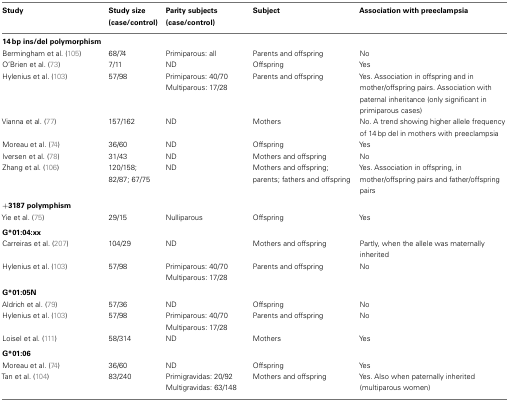
| Study | Study size (case/control) | Parity subjects (case/control) | Subject | Association with preeclampsia |
 | --- | --- | --- | --- | --- |
 | 14 bp ins/del polymorphism |
 | Bermingham et al. (105) | 68/74 | Primiparous: all | Parents and offspring | No |
 | O’Brien et al. (73) | 7/11 | ND | Offspring | Yes |
 | Hylenius et al. (103) | 57/98 | Primiparous: 40/70 Multiparous: 17/28 | Parents and offspring | Yes. Association in offspring and in mother/offspring pairs. Association with paternal inheritance (only significant in primiparous cases) |
 | Vianna et al. (77) | 157/162 | ND | Mothers | No. A trend showing higher allele frequency of 14 bp del in mothers with preeclampsia |
 | Moreau et al. (74) | 36/60 | ND | Offspring | Yes |
 | Iversen et al. (78) | 31/43 | ND | Mothers and offspring | No |
 | Zhang et al. (106) | 120/158; 82/87; 67/75 | ND | Mothers and offspring; parents; fathers and offspring | Yes. Association in offspring, in mother/offspring pairs and father/offspring pairs |
 | +3187 polymphism |
 | Yie et al. (75) | 29/15 | Nulliparous | Offspring | Yes |
 | G*01:04:xx |
 | Carreiras et al. (207) | 104/29 | ND | Mothers and offspring | Partly, when the allele was maternally inherited |
 | Hylenius et al. (103) | 57/98 | Primiparous: 40/70 | Parents and offspring | No |
 |  |  | Multiparous: 17/28 |  |
 | G*01:05N |
 | Aldrich et al. (79) | 57/36 | ND | Offspring | No |
 | Hylenius et al. (103) | 57/98 | Primiparous: 40/70 | Parents and offspring | No |
 |  |  | Multiparous: 17/28 |  |
 | Loisel et al. (111) | 58/314 | ND | Mothers | Yes |
 | G*01:06 |
 | Moreau et al. (74) | 36/60 | ND | Offspring | Yes |
 | Tan et al. (104) | 83/240 | Primigravidas: 20/92 | Mothers and offspring | Yes. Also when paternally inherited (multiparous women) |
 |  |  | Multigravidas: 63/148 |  |